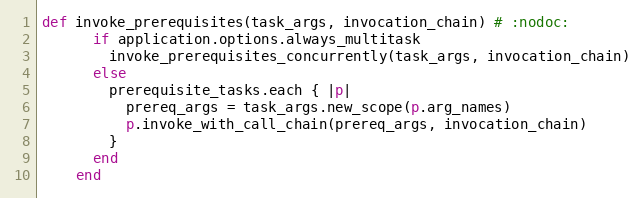
Language: Ruby
def invoke_prerequisites(task_args, invocation_chain) # :nodoc:
      if application.options.always_multitask
        invoke_prerequisites_concurrently(task_args, invocation_chain)
      else
        prerequisite_tasks.each { |p|
          prereq_args = task_args.new_scope(p.arg_names)
          p.invoke_with_call_chain(prereq_args, invocation_chain)
        }
      end
    end